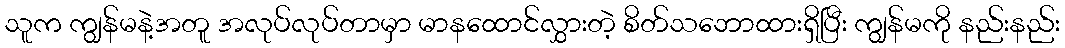
သူက ကျွန်မနဲ့အတူ အလုပ်လုပ်တာမှာ မာနထောင်လွှားတဲ့ စိတ်သဘောထားရှိပြီး ကျွန်မကို နည်းနည်း